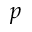
p